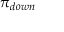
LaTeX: \pi _ { d o w n }